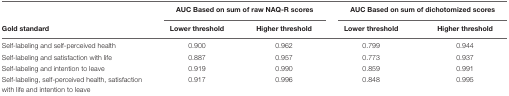
<table><thead><tr><td></td><td colspan="2"><b>AUC Based on sum of raw NAQ-R scores</b></td><td colspan="2"><b>AUC Based on sum of dichotomized scores</b></td></tr><tr><td><b>Gold standard</b></td><td><b>Lower threshold</b></td><td><b>Higher threshold</b></td><td><b>Lower threshold</b></td><td><b>Higher threshold</b></td></tr></thead><tbody><tr><td>Self-labeling and self-perceived health</td><td>0.900</td><td>0.962</td><td>0.799</td><td>0.944</td></tr><tr><td>Self-labeling and satisfaction with life</td><td>0.887</td><td>0.957</td><td>0.773</td><td>0.937</td></tr><tr><td>Self-labeling and intention to leave</td><td>0.919</td><td>0.990</td><td>0.859</td><td>0.991</td></tr><tr><td>Self-labeling, self-perceived health, satisfaction with life and intention to leave</td><td>0.917</td><td>0.996</td><td>0.848</td><td>0.995</td></tr></tbody></table>